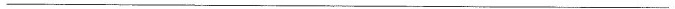
___